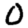
Digit: 0